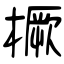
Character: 橛